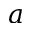
a